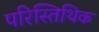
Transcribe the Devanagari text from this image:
परिस्तिथिक